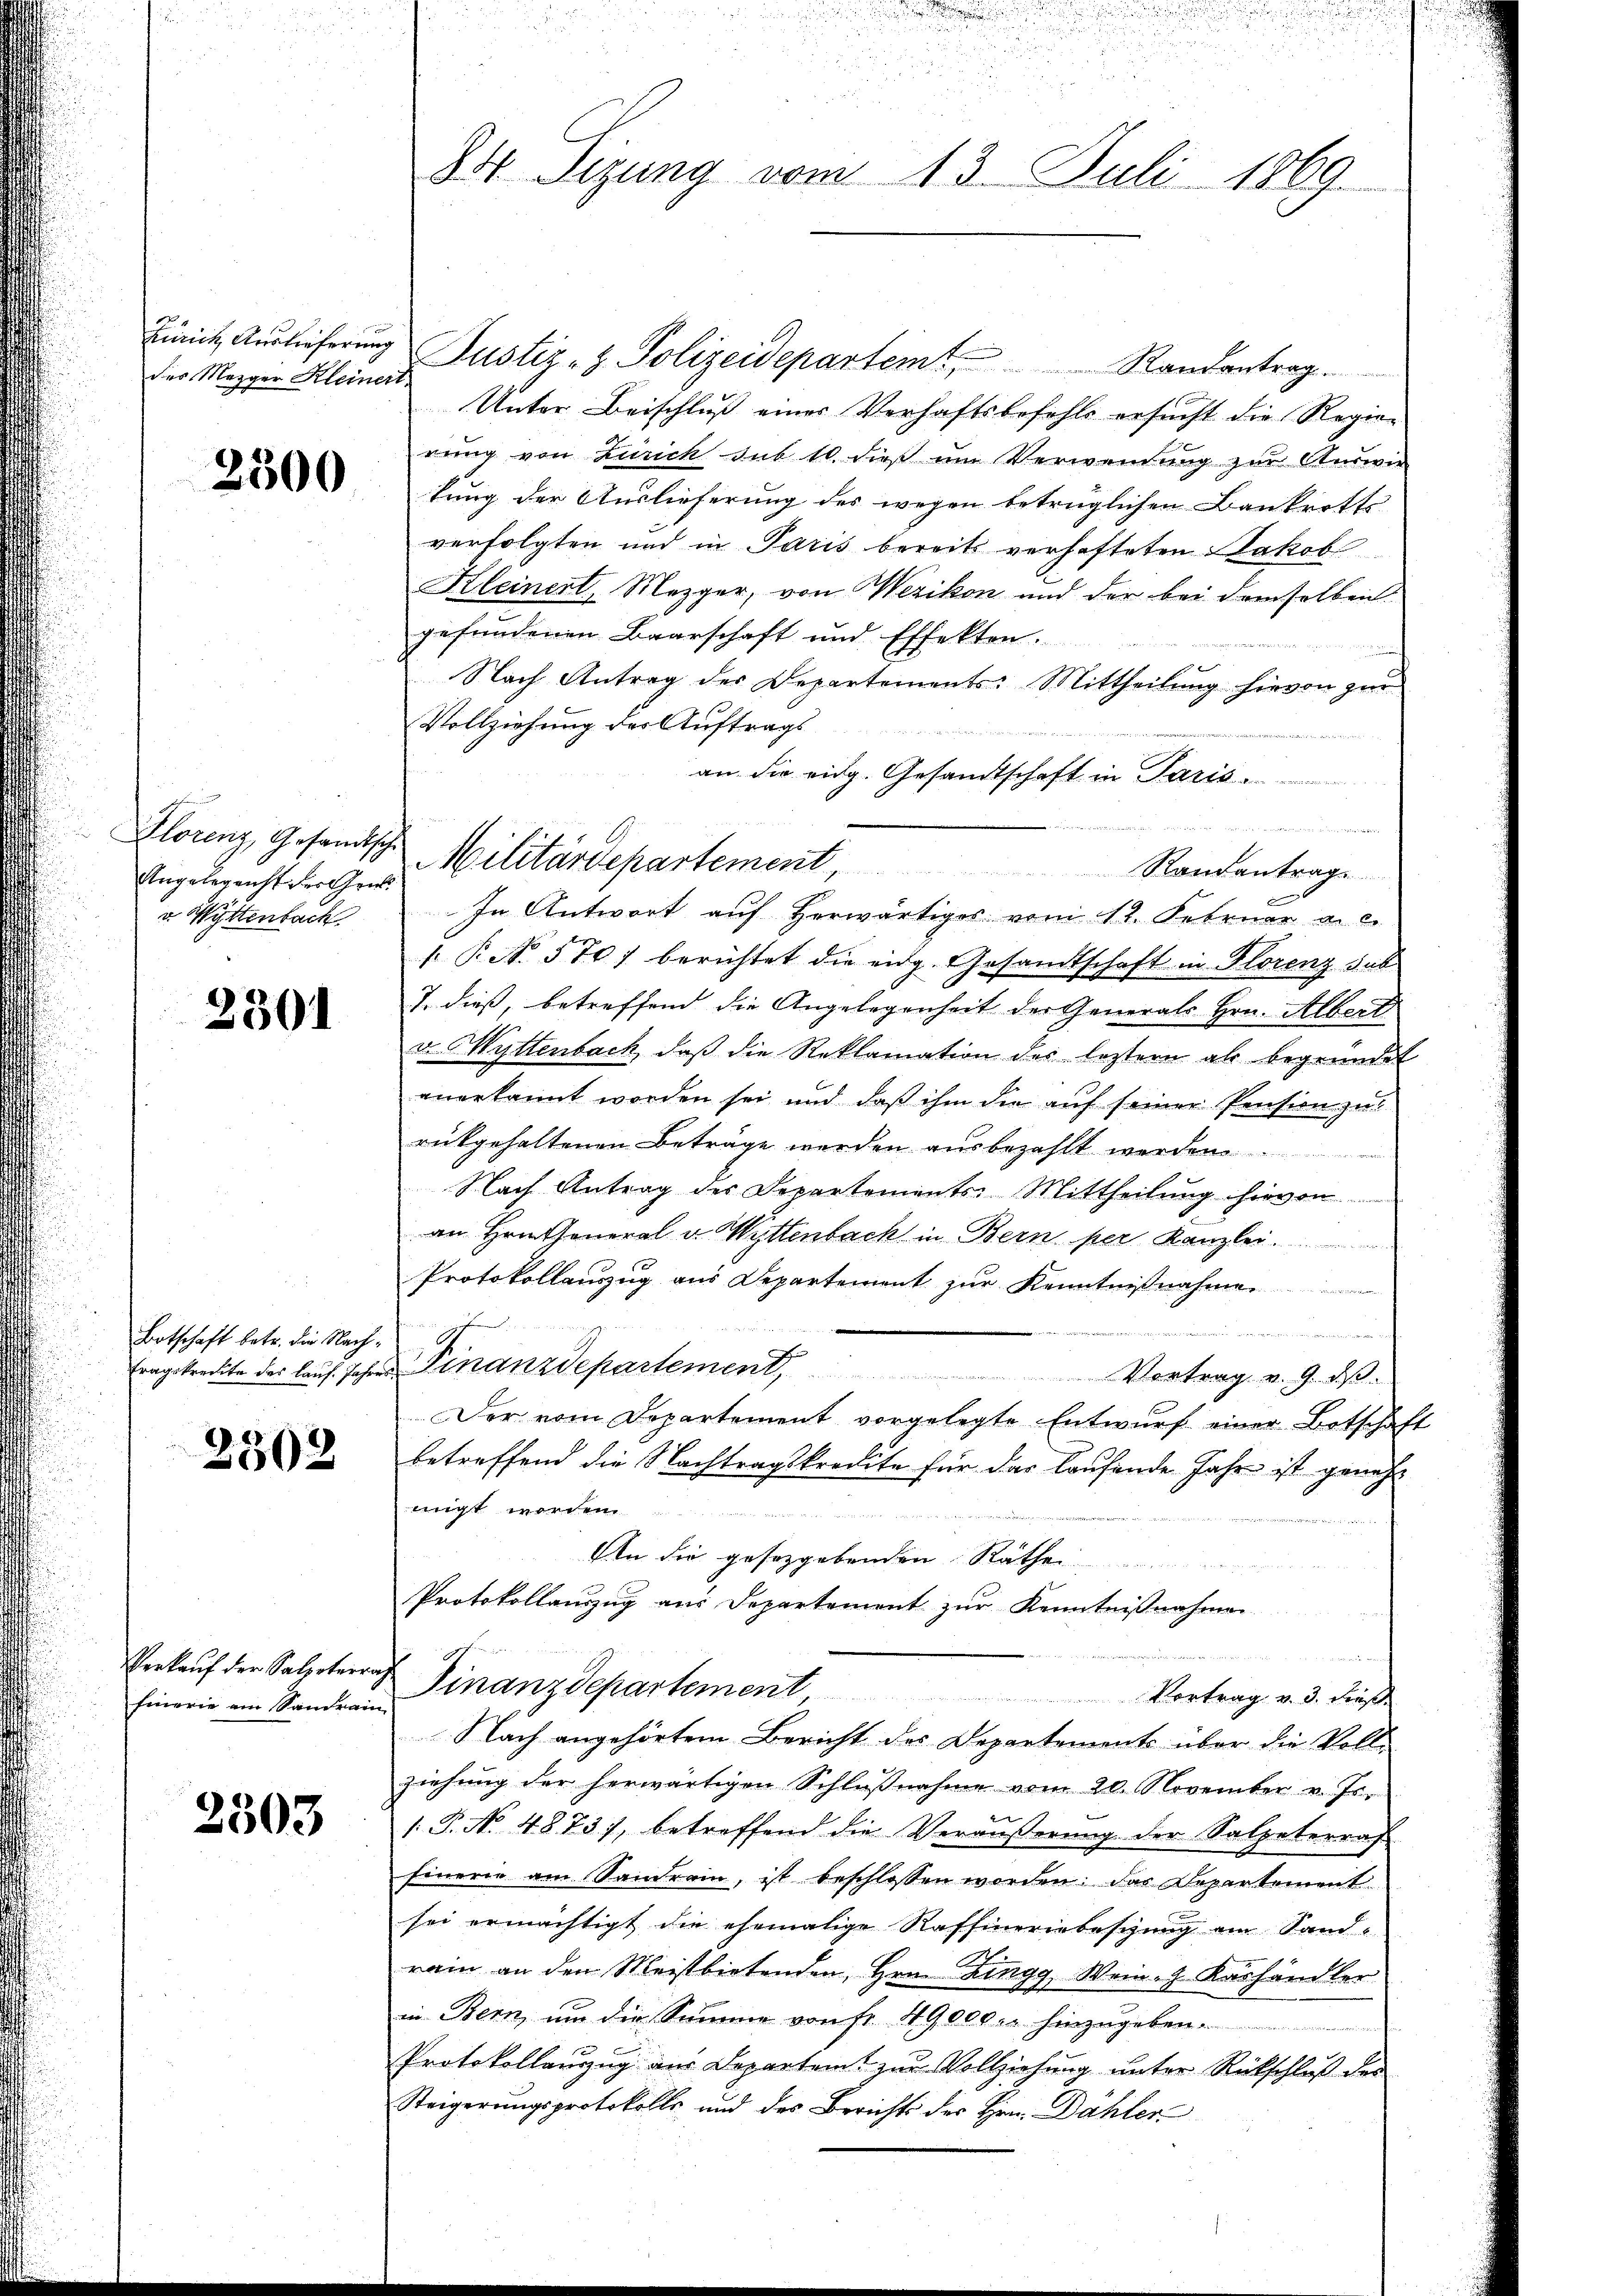
des Mezger Kleinert

2300

Angelegenst der Gru
v. Wittenbach

2301

Botschaft betr. die Nach¬

2502

Einerie am Sandrain,

2303

Juniit Auslieferung Justiz- & Polizeidepartemt, Randantrag.
Unter Beischluß einer Verhaftsbefehls ersucht die Regierung von Zürich sub 10 dieß um Verwendung zur Auswie
kung der Auslieferung des wegen betrüglichen Bankrotts
verfolgten und in Paris bereits verhafteten Jakob
Kleinert, Mezger, von Wezikon und der bei demselben
gefundenen Baarschaft und Effekten.
Nach Antrag der Departements: Mittheilung hievon zur
Vollziehung der Auftrags
an die eidg. Gesandtschaft in Paris
In Antwort auf Herwärtiges vom 12. Februar a. c.
 P. Nr. 570, berichtet die eidg. Gesandtschaft in Florenz gut
J. dieß, betreffend die Angelegenheit der Generals Hrn. Albert
v. Wyttenbach, daβ die Reklamation des leztern als begründet
anerkannt worden sei und daß ihm die auf seiner Pension zu
rückgehaltenen Beträge werden ausbezahlt werden
Nach Antrag des Departements-Mittheilung hievon
an Hrntheneral v. Wyttenbach in Bern per Kanzlei.
Protokollauszug aus Departement zur Kenntnißnahme
 gegen wenn die
Erngetreckte des lauf Jahren Finanzdepartement,
Vortrag v. G. des
Der vom Departement vorgelegte Entwurf einer Botschaft
betreffend die Nachtragskredite für das laufende Jahr ist geneh
nigt worden
An die gesetzgebenden Räthe
Protokollauszug aus Departement zur Kenntnißnahmen

Verkauf der Salisterrat Finanzdepartement
Vortrag v. 3. Kraft
Nach angehörtem Bericht des Departements über die Voll-
ziehŭng der herwärtigen Schlŭβnahme vom 20. November v. Js.
 P. No. 4873), betreffend die Veräußerung der Salpeterras
Einerie am Sandrain, ist beschlossen worden, das Departement
sei ermächtigt die ehemalige Raffineriebeschung am Sand-
rain an den Meistbietenden, Hrn. Zingg, Wein. G. Käshändler
in Bern, um die Summe von Fr. 119000. hinzugeben.
x
Protokollauszug aus Departem zur Vollziehung unter Rückschluß des
Steigerungsprotokolls und des Berichts der Hrn. Dähler

de
un
D Sizung vom 13. Juli 1869.

Florenz, Gesandtsche Militärdepartement

Randantrage